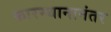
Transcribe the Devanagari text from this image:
कारस्थानानंतर